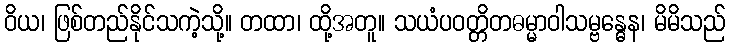
ဝိယ၊ ဖြစ်တည်နိုင်သကဲ့သို့။ တထာ၊ ထို့အတူ။ သယံပဝတ္တိတဓမ္မာဝါသမ္ဗန္ဓေန၊ မိမိသည်